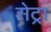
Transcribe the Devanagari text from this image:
सेट्रा